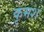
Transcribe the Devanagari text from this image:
कृमश